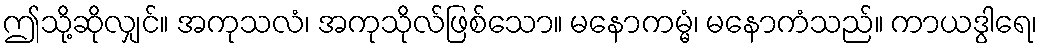
ဤသို့ဆိုလျှင်။ အကုသလံ၊ အကုသိုလ်ဖြစ်သော။ မနောကမ္မံ၊ မနောကံသည်။ ကာယဒွါရေ၊